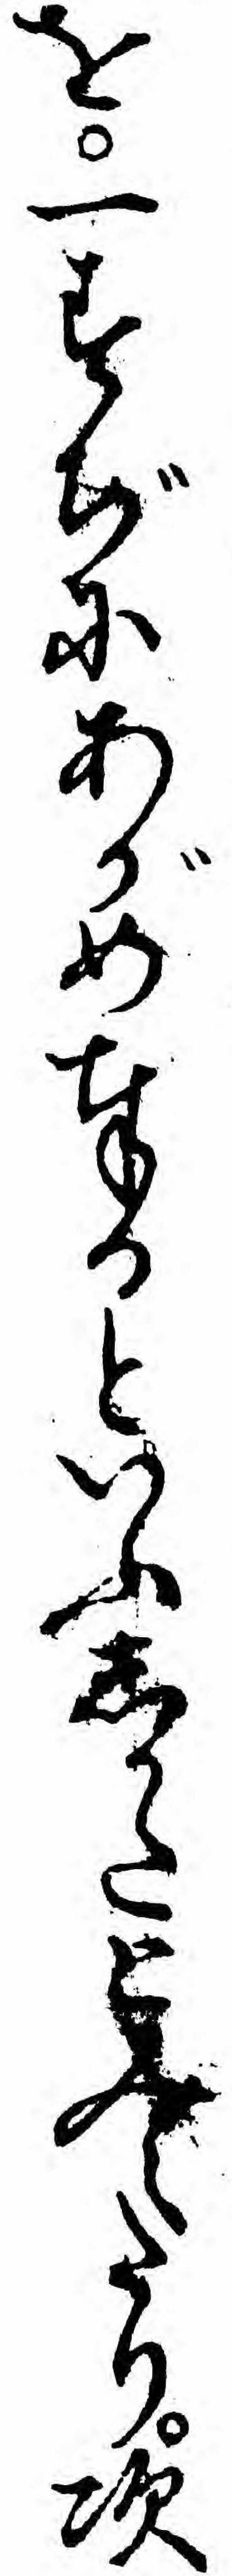
を一すぢにあがめ奉るといふしかたとみえたり次